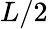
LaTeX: L/2